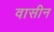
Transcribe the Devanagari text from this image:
वासीन